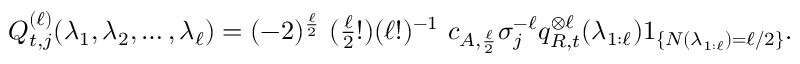
\begin{array} { r } { Q _ { t , j } ^ { ( \ell ) } ( \lambda _ { 1 } , \lambda _ { 2 } , \ldots , \lambda _ { \ell } ) = ( - 2 ) ^ { \frac { \ell } { 2 } } \ ( \frac { \ell } { 2 } ! ) ( \ell ! ) ^ { - 1 } \ c _ { A , \frac { \ell } { 2 } } \sigma _ { j } ^ { - \ell } q _ { R , t } ^ { \otimes \ell } ( \lambda _ { 1 : \ell } ) 1 _ { \{ N ( \lambda _ { 1 : \ell } ) = \ell / 2 \} } . } \end{array}